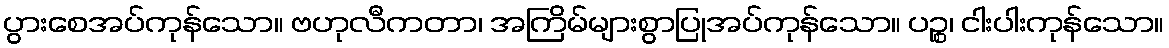
ပွားစေအပ်ကုန်သော။ ဗဟုလီကတာ၊ အကြိမ်များစွာပြုအပ်ကုန်သော။ ပဉ္စ၊ ငါးပါးကုန်သော။